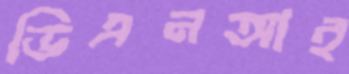
ডিএনআই